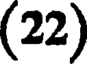
(22)